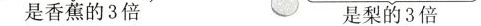
是香蕉的3倍 是梨的3倍